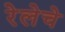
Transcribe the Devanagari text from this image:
रेलेचे